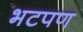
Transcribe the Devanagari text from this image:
भटपण